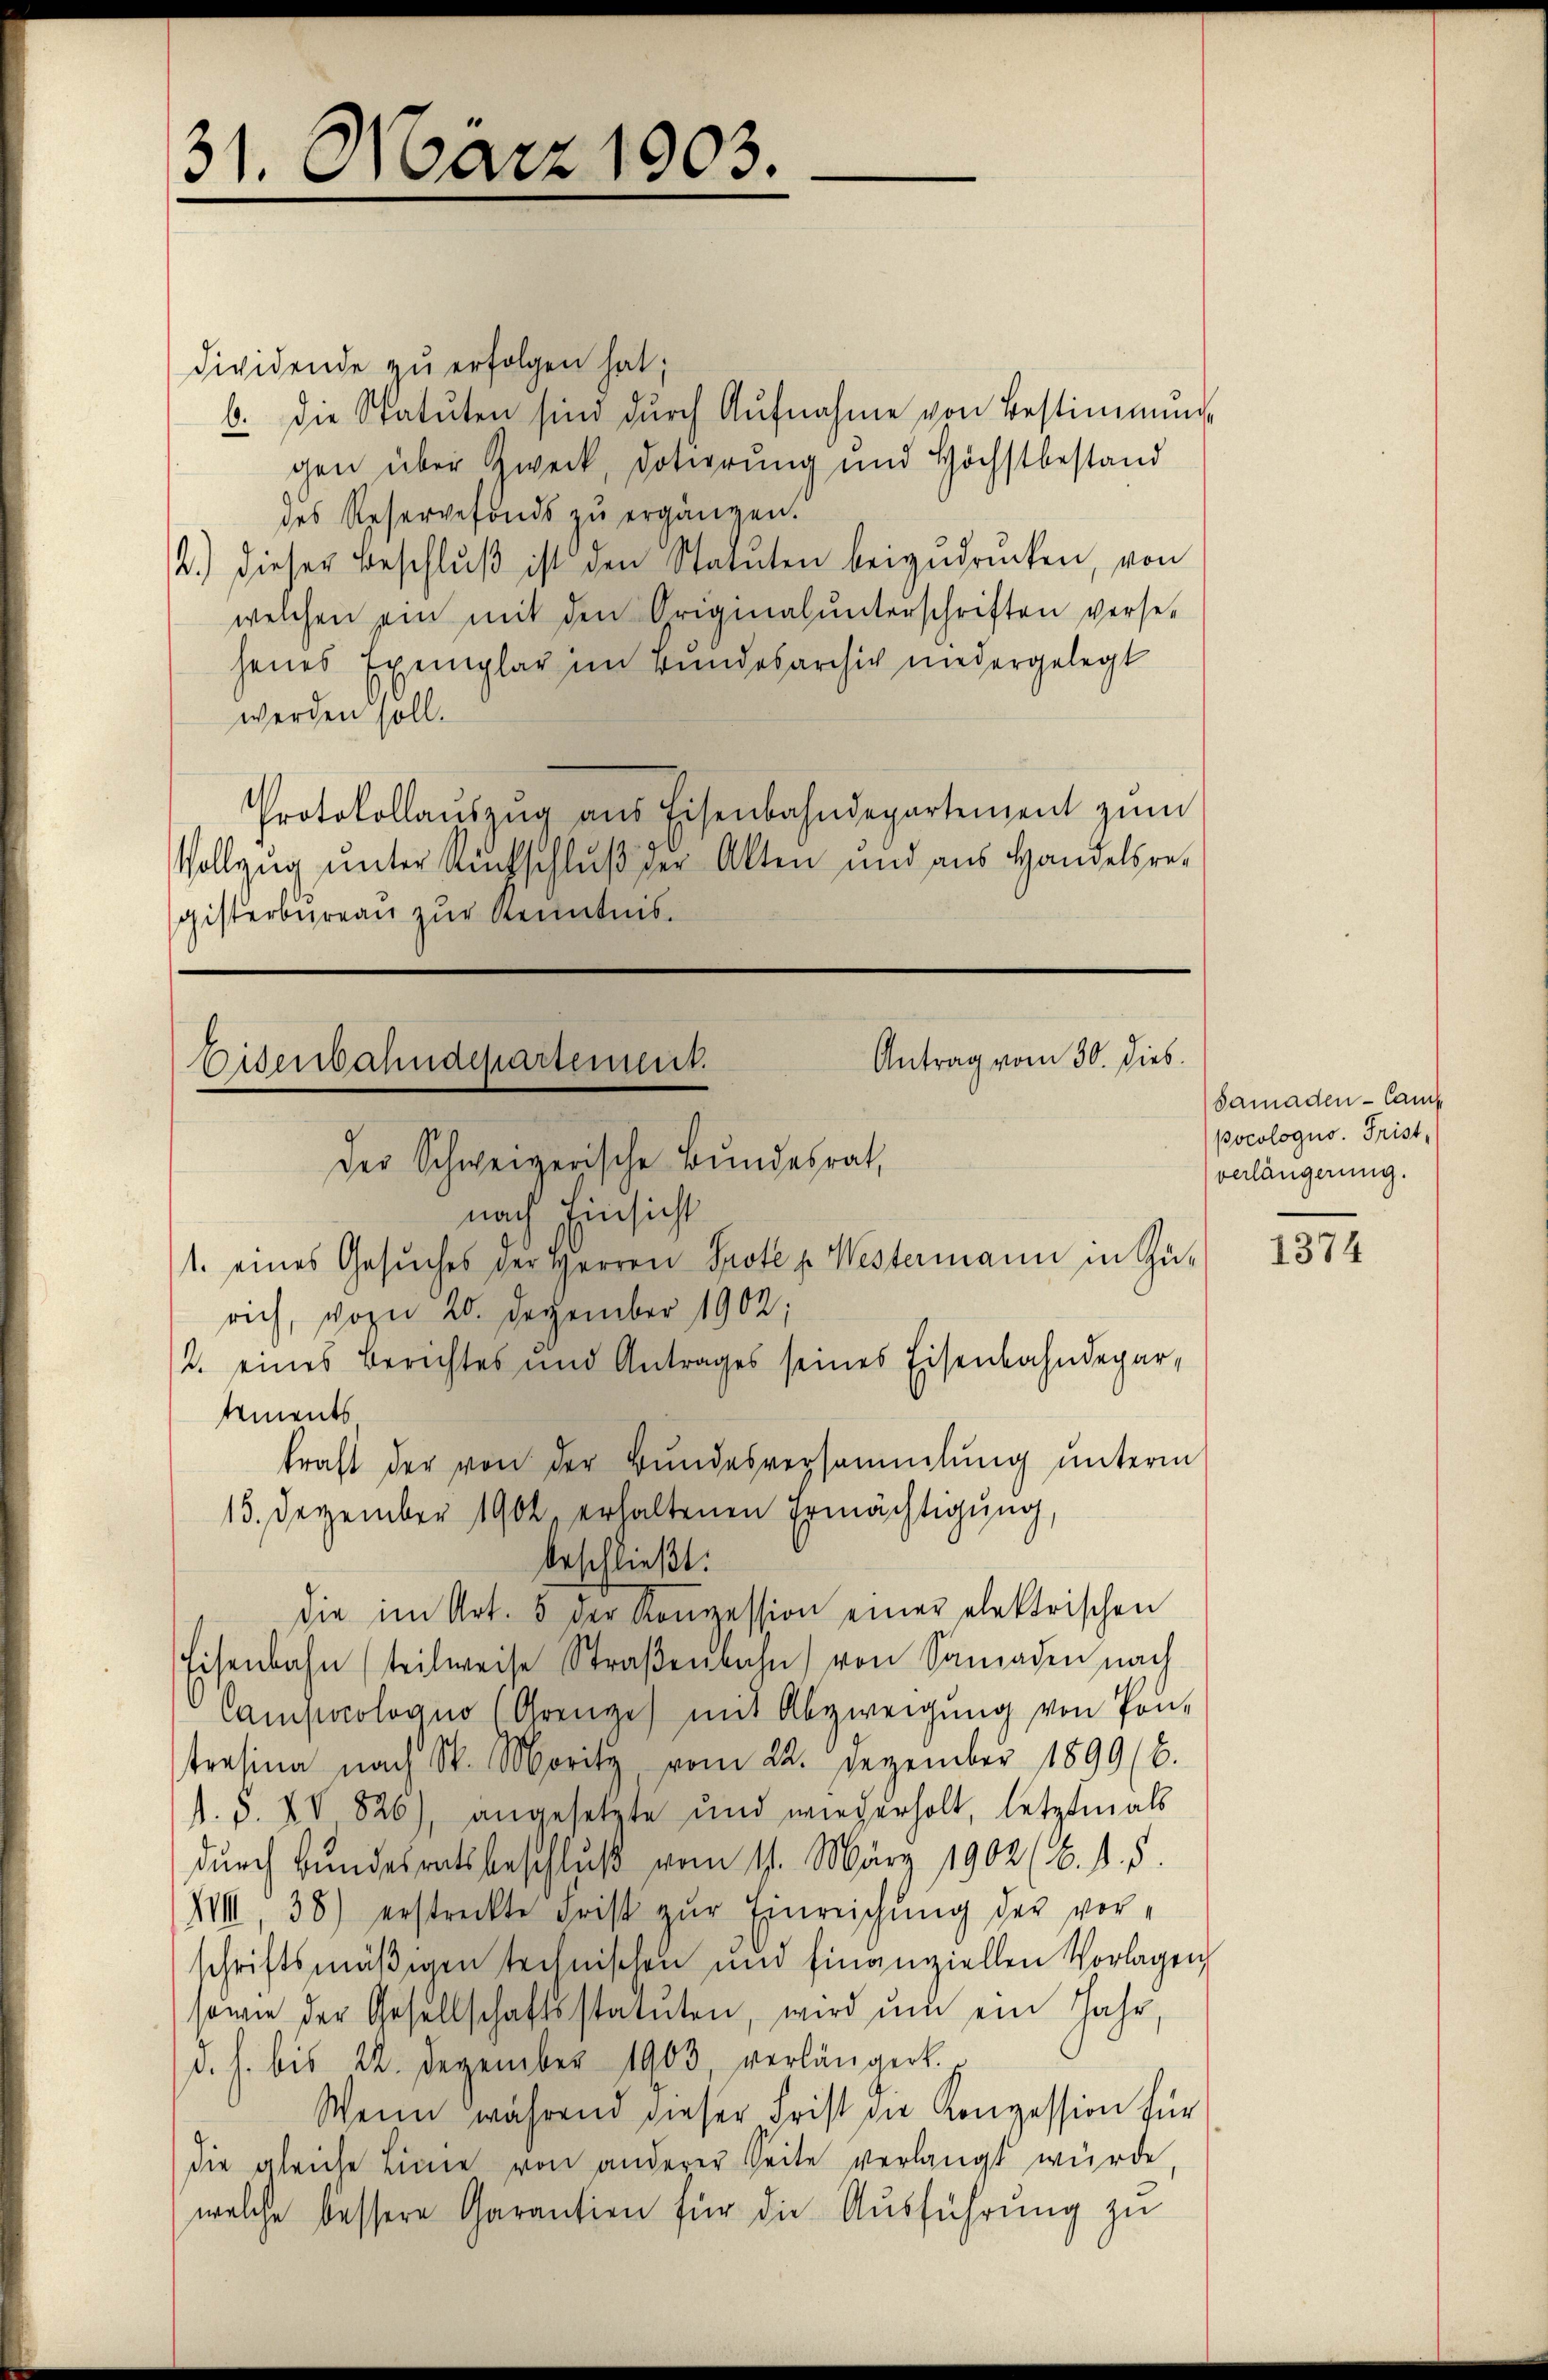
31. März 1903.

dividende zu erfolgen hat;
b. die Statuten sind durch Aŭfnahme von Bestimmung
gen über Zweck, Dotierung und Höchstbestand
des Reservefonds zŭ ergängen.
2.) dieser Beschlŭβ ist den Statuten beizudrücken, von
welchen ein mit den Originalunterschriften verse-
jenes Exemplar im Bundesarchiv niedergelegt
werden soll.
Protokollaŭszŭg aŭs Eisenbahndepartement zŭm
Vollzug unter Amtschlŭβ der Akten und aus Handelsre-
gisterbureau zur Kenntnis.

Antrag vom 30. Dieb.
Bisenbahndepartement.
Der Schweizerische Bundesrat

nach Einsicht
1. eines Gesŭches der Herren Prote p. Westermann in Zürich, von 20. Dezember 1902;
2. eines Berichtes und Antrages seines Eisenbahndepar-
tements
kraft der von der Bundesversammlung unterm
15. Dezember 1902, erhaltenen Ermächtigung,
beschließt:
die im Art. 5 der Konzession einer elektrischen
Eisenbahn (teilweise Straβenbahn von Samaden nach
Campacolvano (Grenze) mit Abzweigung von Pon-
tresina nach St. Moritz, vom 22. Dezember 1899 (6.
s. S. XV 826), angesetzte und wiederholt, letztmals
durch Bundesratsbeschluß vom 11. März 1902 (6. 1. 5.
XIII 38) erstreckte Frist zŭr Einreichŭng der vor-
schriftsmäßigen technischen und finanziellen Vorlagen
sonne der Gesellschaftsstatuten, wird ŭm ein Jahr,
d. h. bis 22. Dezember 1903 verlängert.
Wenn während dieser Frist die Konzession für
die gleiche Linie von anderer Seite verlangt würde,
welche bessere Garantien für die Ausführung zu

Samaden - Cam
pocologus. Frist,
verlängerung.

1374